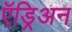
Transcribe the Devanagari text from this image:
ऍड्रिअन